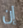
إن